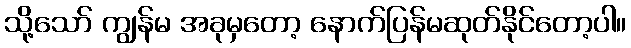
သို့သော် ကျွန်မ အခုမှတော့ နောက်ပြန်မဆုတ်နိုင်တော့ပါ။